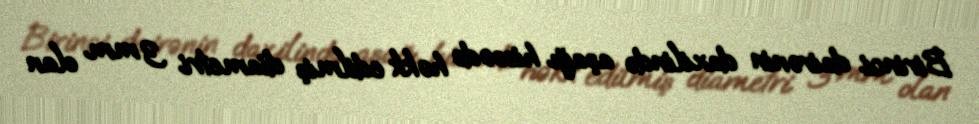
Birinci dairənin daxilində aşağı hissədə həkk edilmiş diametri 3 mm olan